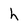
Character: h